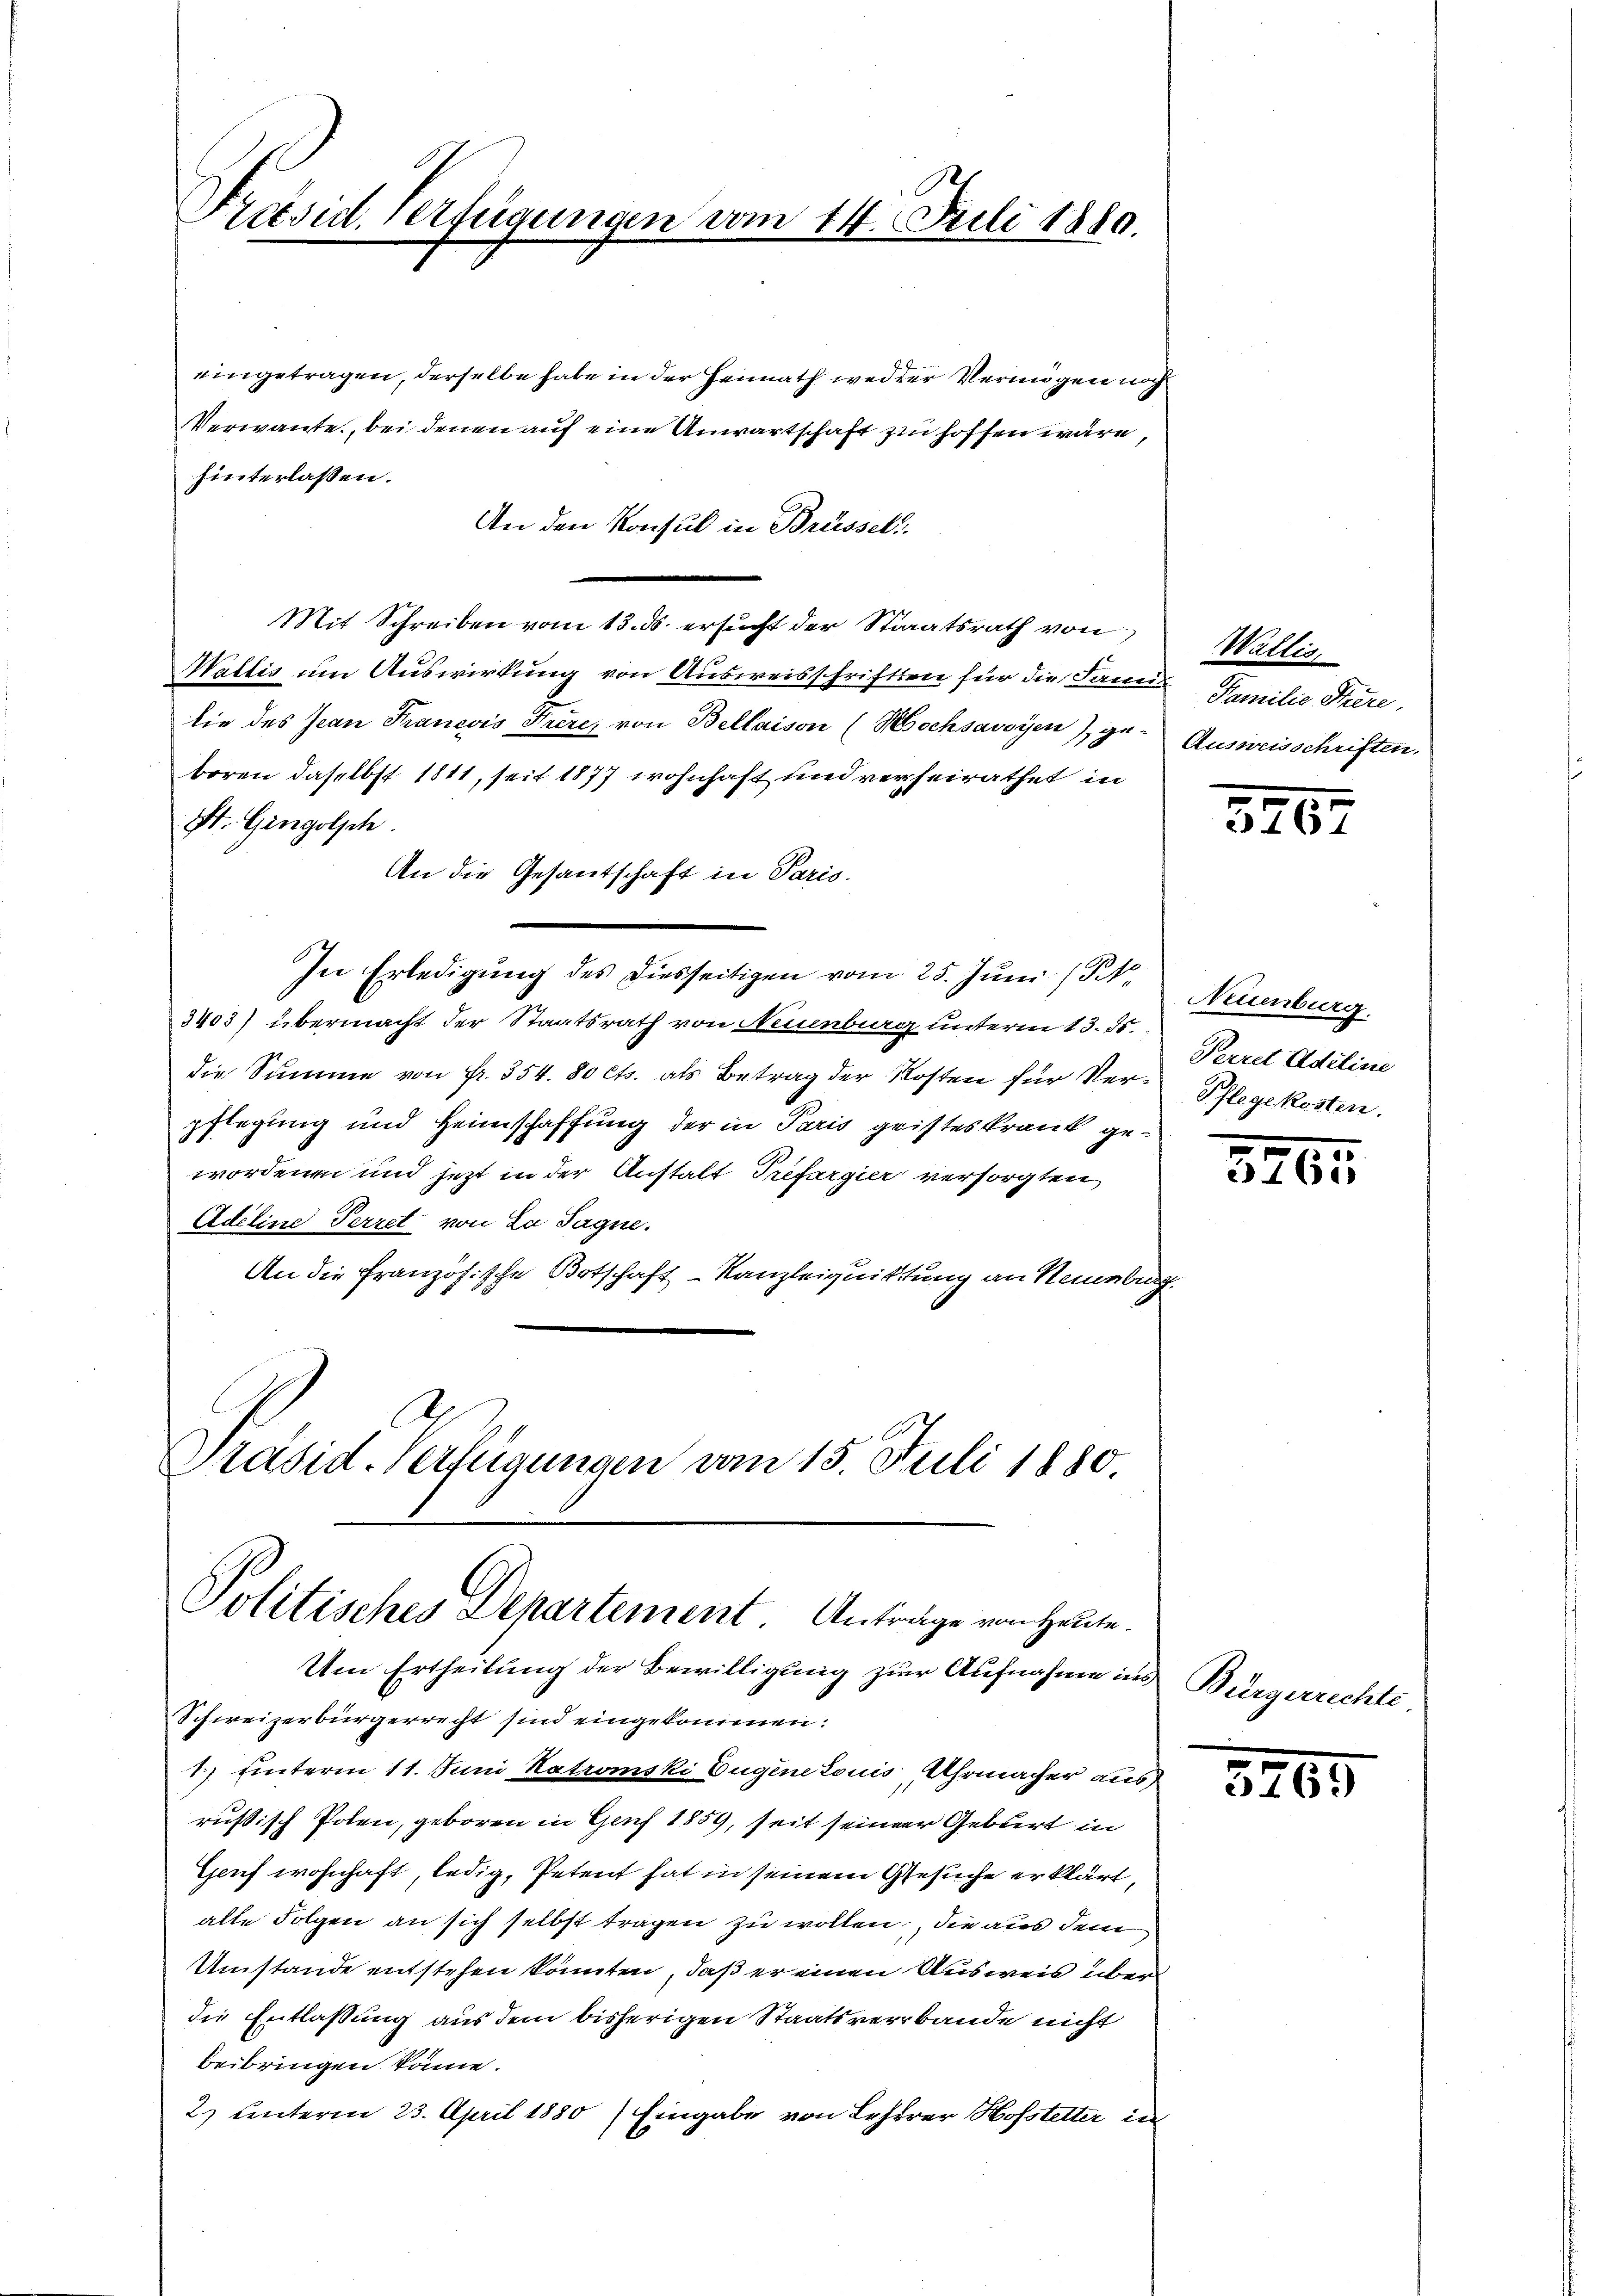
Praesid. Verfügungen vom 14. Juli 1880.

eingetragen, derselbe habe in der Heimath wed der Vermögen noch
Verwante, bei denen auf eine Anwartschaft zu hoffen wäre,
hinterlassen.
An den Konsul in Brüssel
Mit Schreiben vom 13. ds. ersucht der Staatsrath von
Wallis um Auswirkung von Ausweisschriften für die San Familie Tiere,
lie des Jean Francois Frère, von Bellaison (Mochsavoyen), geboren daselbst 1811, seit 1877 wohnhaft und verheirathet in
St. Gingolsch.
An die Gesandschaft in Paris.
In Erledigung des diesseitigen vom 25. Juni (St.
3403) übermacht der Staatsrath von Neuenburg unterm 13. d.
die Summe von fr. 354. 80 cts. als Betrag der Kosten für Ver-Pflegekosten.
pflegung und Heimschaffung der in Paris geisteskrank gewordenen und jetzt in der Anstalt Trefargier versorgten
Adeline Perret von La Sagne.
An die Französische Botschaft - Kanzleiquittung an Neuenburg
Präsid-Verfügungen vom 15. Juli 1880.

Politisches Departement. Antrage von Heute.

Um Ertheilung der Bewilligung zur Aufnahme ins
Schweizerbürgerrecht sind eingekommen.
1.) Einterm 11. Juni Katromski Eugene Louis, Ahrmacher aus
russisch Polen, geboren in Genf 1859, seit seiner Geburt in
Geif wohnhaft, ledig, Petent hat in seinem Gesuche erklärt,
alte Folgen an sich selbst tragen zu wollen, die aus dem
Umstände entstehen könnten, daß er einen Ausweis über
die Entlassung aus dem bisherigen Staatsverbande nicht
beibringen könne.
2) unterm 23. April 1880) Eingabe von Lehrer Hofstetter in

Wallis,
Ausweisschriften.

3702

Neuenburg
Peeret Adeline

5
15.
3760

Bürgerrechte

3265